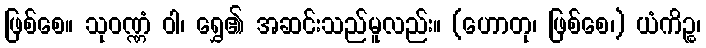
ဖြစ်စေ။ သုဝဏ္ဏံ ဝါ၊ ရွှေ၏ အဆင်းသည်မူလည်း။ (ဟောတု၊ ဖြစ်စေ၊) ယံကိဉ္စ၊